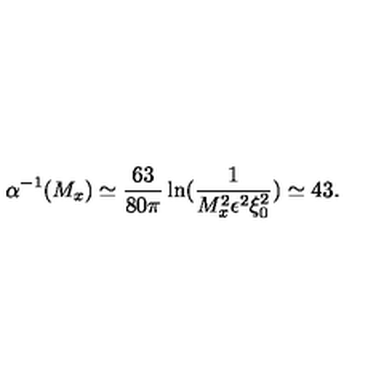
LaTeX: \alpha ^ { - 1 } ( M _ { x } ) \simeq \frac { 6 3 } { 8 0 \pi } \ln ( \frac { 1 } { M _ { x } ^ { 2 } \epsilon ^ { 2 } \xi _ { 0 } ^ { 2 } } ) \simeq 4 3 .